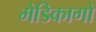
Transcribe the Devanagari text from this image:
मेडिकागो